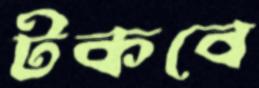
টকবে